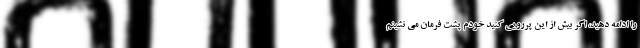
را ادامه دهید، اگر بیش از این پررویی کنید خودم پشت فرمان می نشینم